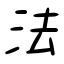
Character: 法